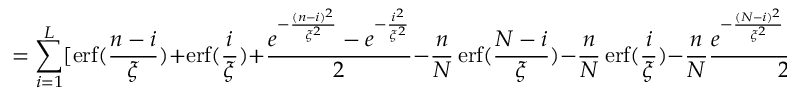
= \sum _ { i = 1 } ^ { L } [ \operatorname { e r f } ( \frac { n - i } { \xi } ) + \operatorname { e r f } ( \frac { i } { \xi } ) + \frac { e ^ { - \frac { ( n - i ) ^ { 2 } } { \xi ^ { 2 } } } - e ^ { - \frac { i ^ { 2 } } { \xi ^ { 2 } } } } { 2 } - \frac { n } { N } \operatorname { e r f } ( \frac { N - i } { \xi } ) - \frac { n } { N } \operatorname { e r f } ( \frac { i } { \xi } ) - \frac { n } { N } \frac { e ^ { - \frac { ( N - i ) ^ { 2 } } { \xi ^ { 2 } } } - e ^ { - \frac { i ^ { 2 } } { \xi ^ { 2 } } } } { 2 } ] \frac { \sqrt { \pi } } { 2 } \xi Z _ { i }